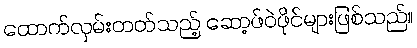
ထောက်လှမ်းတတ်သည့် ဆော့ဖ်ဝဲဖိုင်များဖြစ်သည်။